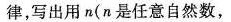
律，写出用n(n是任意自然数，